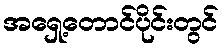
အရှေ့တောင်ပိုင်းတွင်